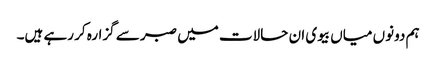
ہم دونوں میاں بیوی ان حالات میں صبر سے گزارہ کر رہے ہیں۔